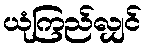
ယုံကြည်လျှင်